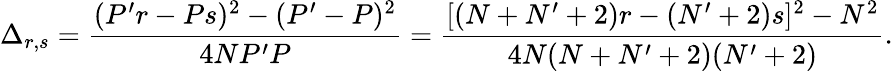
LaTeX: \Delta_{r,s}=\frac{(P^{\prime}r-Ps)^{2}-(P^{\prime}-P)^{2}}{4NP^{\prime}P}=\frac{[(N+N^{\prime}+2)r-(N^{\prime}+2)s]^{2}-N^{2}}{4N(N+N^{\prime}+2)(N^{\prime}+2)}.